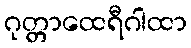
ဂုတ္တာထေရီဂါထာ